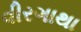
વીરગાથા